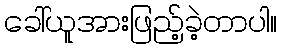
ခေါ်ယူအားဖြည့်ခဲ့တာပါ။